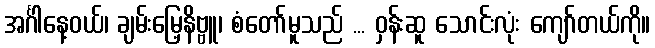
အင်္ဂါနေ့ဝယ်၊ ချမ်းမြေ့နိဗ္ဗူ၊ စံတော်မူသည် ... ဝှန်းဆူ သောင်းလုံး ကျော်တယ်ကို။